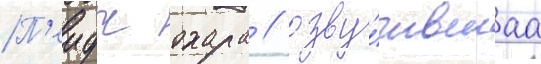
П'еидж охара / озву́чившаа